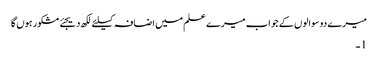
میرے دو سوالوں کے جواب میرے علم میں اضافہ کیلئے لکھ دیجئے مشکور ہوں گا
1 ۔